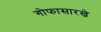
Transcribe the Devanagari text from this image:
गोफासारखे